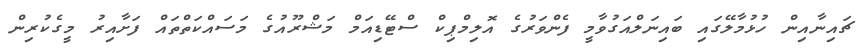
ޗައިނާއިން ހުޅުމާލޭގައި ބައިނަލްއަގުވާމީ ފެންވަރުގެ އޮލިމްޕިކް ސްޓޭޑިއަމް މަޝްރޫއުގެ މަސައްކަތްތައް ފަށާއިރު މީގެކުރިން